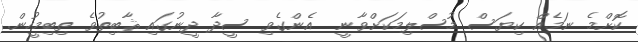
ކޮށްމެ ނަމެއް ކިޔަސް މުސްލިމަކަށްވާނީ  އެންގެވި ސީދާ ދީނުގައި ޘާބިތުވެ ތިބިމީހުން.